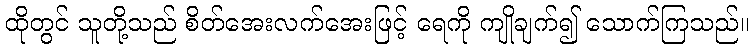
ထိုတွင် သူတို့သည် စိတ်အေးလက်အေးဖြင့် ရေကို ကျိုချက်၍ သောက်ကြသည်။